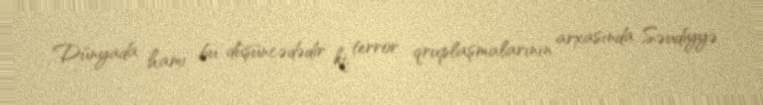
Dünyada hamı bu düşüncədədir ki, terror qruplaşmalarının arxasında Səudiyyə